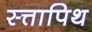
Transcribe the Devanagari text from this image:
स्त्तापिथ